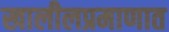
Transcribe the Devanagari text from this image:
खालीलप्रमाणात